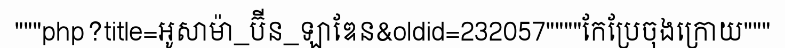
"""php?title=អូសាម៉ា_ប៊ីន_ឡាឌែន&oldid=232057""""កែប្រែចុងក្រោយ"""